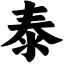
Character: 泰